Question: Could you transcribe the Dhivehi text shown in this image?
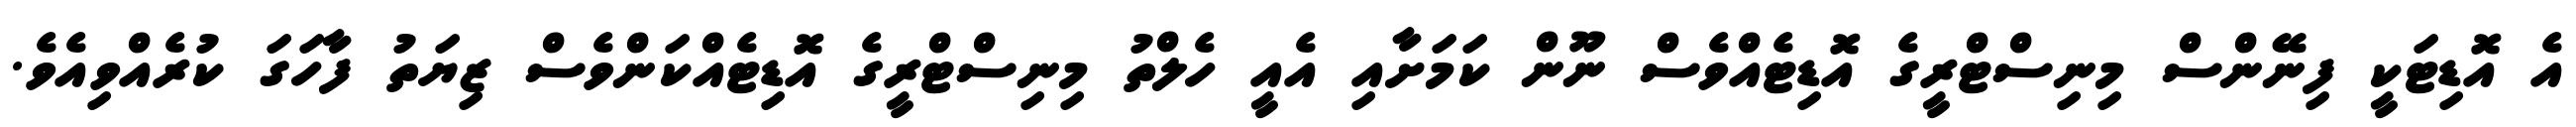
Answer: އެ އޮޑިޓަކީ ފިނޭންސް މިނިސްޓްރީގެ އޮޑިޓެއްވެސް ނޫން ކަމަށާއި އެއީ ހެލްތު މިނިސްޓްރީގެ އޮޑިޓެއްކަންވެސް ޒިޔަތު ފާހަގަ ކުރެއްވިއެވެ.